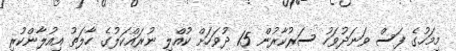
މިމަހުގެ ފަސް ވަނަދުވަހު ސަރުކާރުން 15 ދުވަހަށް ކުއްލި ނުރައްކަލުގެ ހާލަތު އިއުލާންކުރި